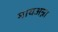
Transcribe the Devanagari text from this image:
मायअन्ना